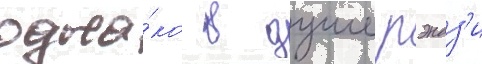
одна́ко в душе рэндз'и